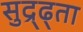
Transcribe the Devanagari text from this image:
सुद्र्ढ्ता